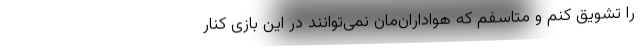
را تشویق کنم و متاسفم که هواداران‌مان نمی‌توانند در این بازی کنار